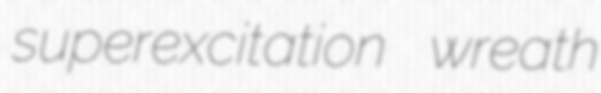
superexcitation wreath